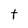
Character: t